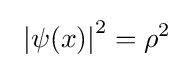
\ \left|\psi (x)\right|^{2}=\rho ^{2}\